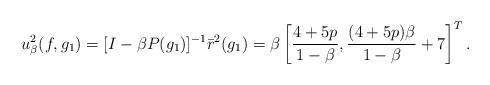
LaTeX: \begin{align*} u_{\beta}^2(f,g_1)=[I-\beta P(g_1)]^{-1}\bar{r}^2(g_1)= \beta\left[\frac{4+5p}{1-\beta},\frac{(4+5p)\beta}{1-\beta}+7\right]^T.\end{align*}